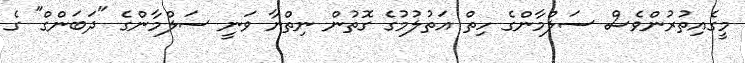
މީގެއިތުރުންވެސް ސަލްމާންގެ ހިތް އަތުލުމުގެ ގޮތުން ނިތްޔާ ވަނީ ސަލްމާންގެ "ދަބަންގް" ގެ